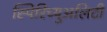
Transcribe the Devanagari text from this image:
स्पिरिच्युअलिटी